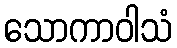
သောကာဝါသံ